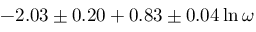
- 2 . 0 3 \pm 0 . 2 0 + 0 . 8 3 \pm 0 . 0 4 \ln \omega